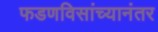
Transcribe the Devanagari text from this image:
फडणविसांच्यानंतर